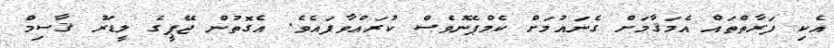
އެކި ފަރާތްތައް އެމަޤާމަށް ގެނައުމަށް ކެމްޕޭނުވެސް ކުރައްވާފައެވެ. އެގޮތުން ޖޭޕީގެ ލީޑަރު ޤާސިމް